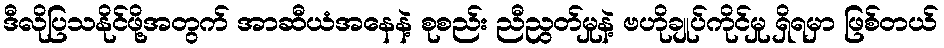
ဒီလိုပြသနိုင်ဖို့အတွက် အာဆီယံအနေနဲ့ စုစည်း ညီညွတ်မှုနဲ့ ဗဟိုချုပ်ကိုင်မှု ရှိရမှာ ဖြစ်တယ်